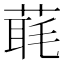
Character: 𦶇